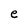
Character: e